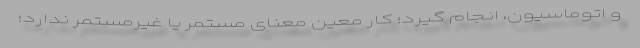
و اتوماسیون، انجام گیرد؛ کار معین معنای مستمر یا غیرمستمر ندارد؛